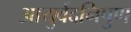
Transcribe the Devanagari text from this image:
आयुर्वेदनिपुण